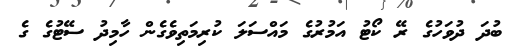
ބުދަ ދުވަހުގެ ރޭ ކޯޓު އަމުރުގެ މައްސަލަ ކުރިމަތިވެގެން ހާމިދު ސޭޓުގެ ގެ